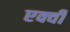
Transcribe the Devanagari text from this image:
एक्वी